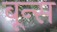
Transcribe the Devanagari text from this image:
बून्स